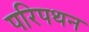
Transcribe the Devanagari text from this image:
परिपथन